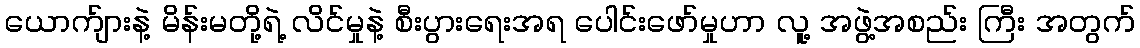
ယောက်ျားနဲ့ မိန်းမတို့ရဲ့ လိင်မှုနဲ့ စီးပွားရေးအရ ပေါင်းဖော်မှုဟာ လူ့ အဖွဲ့အစည်း ကြီး အတွက်